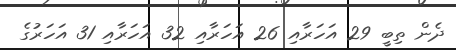
ދެން ތިބީ 29 އަހަރާއި 26 އަހަރާއި 32 އަހަރާއި 31 އަހަރުގެ